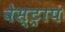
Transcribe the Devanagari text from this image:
वेस्ट्राप